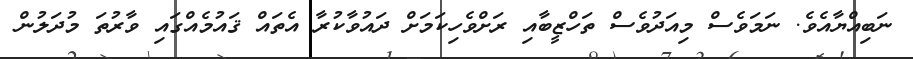
ނަބިއްޔާއެވެ. ނަމަވެސް މިއަދުވެސް ތަހްޒީބާއި ރަށްވެހިކަމަށް ދައުވާކުރާ އެތައް ޤައުމެއްގައި ވާރުތަ މުދަލުން